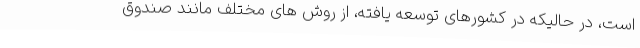
است، در حالیکه در کشورهای توسعه یافته، از روش های مختلف مانند صندوق